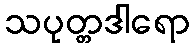
သပုတ္တဒါရော